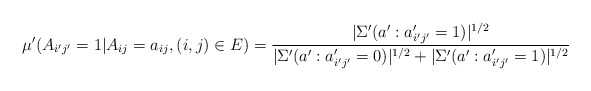
\begin{align*}\mu'(A_{i'j'}=1|A_{ij}=a_{ij},(i,j)\in E)=\frac{|\Sigma'(a':a_{i'j'}'=1)|^{1/2}}{|\Sigma'(a':a_{i'j'}'=0)|^{1/2}+|\Sigma'(a':a_{i'j'}'=1)|^{1/2}}\end{align*}